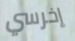
إخرسي